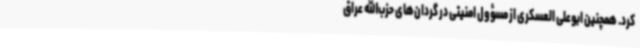
کرد. همچنین ابوعلی العسکری از مسؤول امنیتی در گردان‌های حزب‌الله عراق